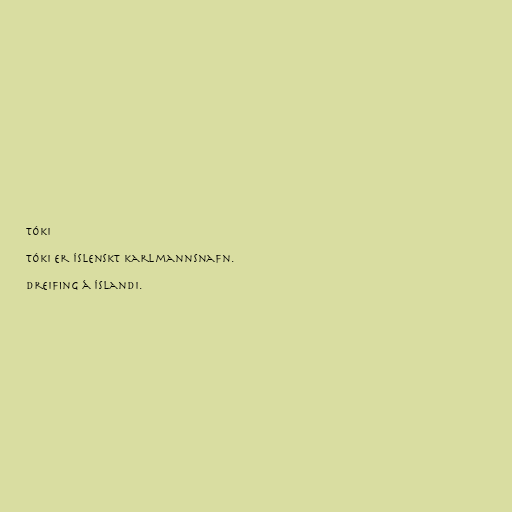
Tóki

Tóki er íslenskt karlmannsnafn.

Dreifing á Íslandi.